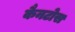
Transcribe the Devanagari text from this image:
कैनटोस